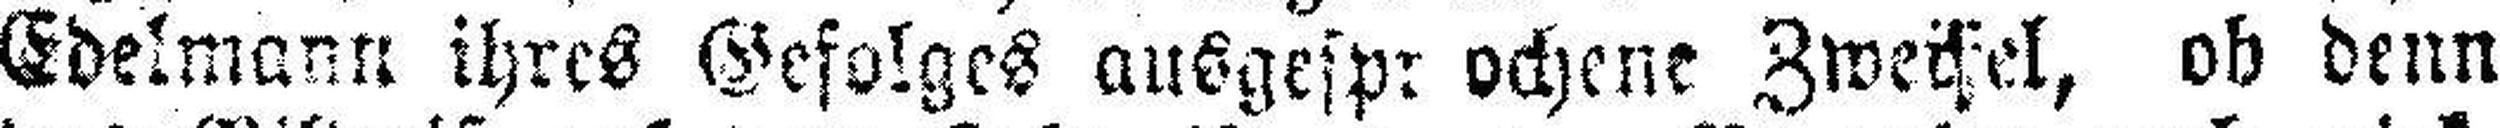
Edelmann ihres Gefolges auSgcspr ochene Zweffel, ob denn